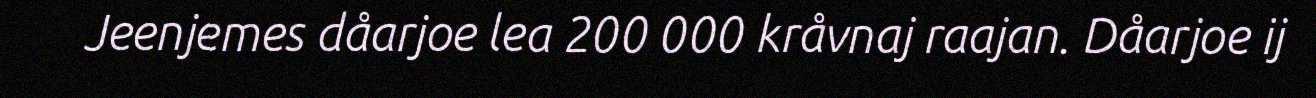
Jeenjemes dåarjoe lea 200 000 kråvnaj raajan. Dåarjoe ij